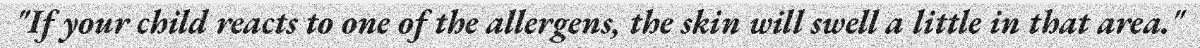
"If your child reacts to one of the allergens, the skin will swell a little in that area."